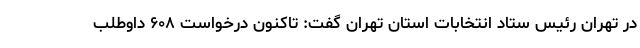
در تهران رئیس ستاد انتخابات استان تهران گفت: تاکنون درخواست ۶۰۸ داوطلب